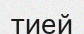
тией